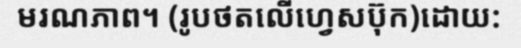
មរណភាព។ (រូបថតលើហ្វេសប៊ុក)ដោយ: